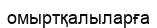
омыртқалыларға